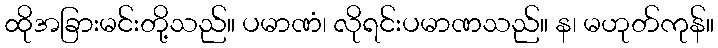
ထိုအခြားမင်းတို့သည်။ ပမာဏံ၊ လိုရင်းပမာဏသည်။ န၊ မဟုတ်ကုန်။